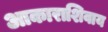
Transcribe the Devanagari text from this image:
आकाराशिवाय